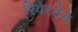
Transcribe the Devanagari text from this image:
रिवेटहेड